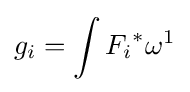
g_{i}=\int {F_{i}}^{*}\omega ^{1}